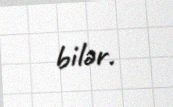
bilər.